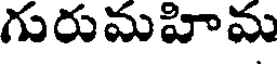
గురుమహిమ